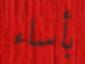
بأساء